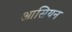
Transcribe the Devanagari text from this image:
आसियन